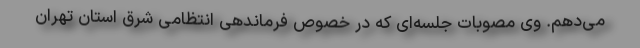
می‌دهم. وی مصوبات جلسه‌ای که در خصوص فرماندهی انتظامی شرق استان تهران